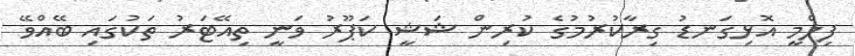
ފިލްމީ އޮޅިގަނޑު ގިރާކުރުމުގެ ކުރިން ޝަޝީ ކަޕޫރު ވަނީ ތިއޭޓަރު ތަކުގައި ބޭއްވޭ